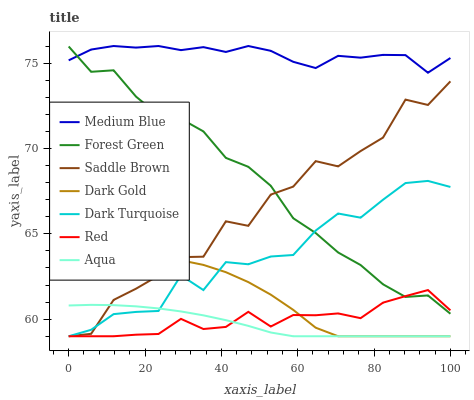
| xaxis_label | Medium Blue | Forest Green | Saddle Brown | Dark Gold | Dark Turquoise | Red | Aqua |
 | --- | --- | --- | --- | --- | --- | --- | --- |
 | 0 | 75.2 | 76 | 59 | 62.5 | 59 | 59 | 60.8 |
 | 5.88 | 75.8 | 74.5 | 59.1 | 63 | 59.4 | 59 | 60.8 |
 | 11.8 | 76 | 74.6 | 61.1 | 63.3 | 60.3 | 59 | 60.8 |
 | 17.6 | 75.9 | 73 | 61.8 | 63.5 | 60.4 | 59.1 | 60.8 |
 | 23.5 | 76 | 72 | 62.6 | 63.6 | 60.5 | 59.1 | 60.6 |
 | 29.4 | 75.8 | 71.7 | 63.6 | 63.4 | 62.6 | 60 | 60.5 |
 | 35.3 | 75.9 | 71 | 63.7 | 63.2 | 61.7 | 59.4 | 60.2 |
 | 41.2 | 75.7 | 69.4 | 65.7 | 62.8 | 63.3 | 59.5 | 59.9 |
 | 47.1 | 76 | 68.9 | 65.5 | 62.2 | 63.2 | 60.4 | 59.6 |
 | 52.9 | 75.7 | 67.8 | 67.3 | 61.4 | 63.7 | 59.6 | 59.2 |
 | 58.8 | 75.1 | 65.9 | 67.8 | 60.5 | 63.8 | 60.2 | 59 |
 | 64.7 | 74.7 | 65 | 69.3 | 59.5 | 65.2 | 60.2 | 59 |
 | 70.6 | 75.4 | 63.9 | 68.9 | 59 | 66.2 | 60.3 | 59 |
 | 76.5 | 75.3 | 63.2 | 69.8 | 59 | 65.9 | 60.1 | 59 |
 | 82.4 | 75.5 | 62 | 70.6 | 59 | 67 | 61 | 59 |
 | 88.2 | 75.5 | 61.3 | 72.9 | 59 | 68 | 61.3 | 59 |
 | 94.1 | 74.4 | 61.4 | 72.5 | 59 | 68.1 | 61.7 | 59 |
 | 100 | 75.3 | 60.3 | 73.9 | 59 | 67.7 | 60.5 | 59 |